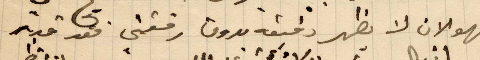
فهو الان لا يظهر دقيقة بدون رفقتي فقد قدمت